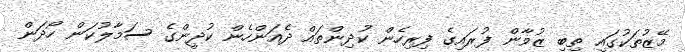
މޭޒުތަކުގައި ތިބި ޒުވާން ފުރައިގެ ފިރިހެން ކުދިންތައް ދެއަންހެން ކުދީންގެ ސަމާލުކަން ހޯދަން